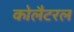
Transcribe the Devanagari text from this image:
कोलैटरल